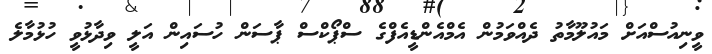
ވީނިއުސްއަށް މައުލޫމާތު ދެއްވަމުން އެމްއެންޑީއެފްގެ ސްޕޯކްސް ޕާސަން ހުސައިން އަލީ ވިދާޅުވީ ހުޅުމާލެ